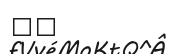
٨٠